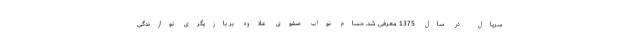
سریال در سال 1375 معرفی شد. حسام نواب صفوی علاوه بر بازیگری نوازندگی